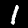
Label: 1